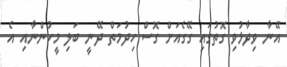
އޭނާ ވިދާޅުވި ގޮތުގައި ގޭގެއަށް ގޮސް ހިދުމަތް ދޭނީ ބަލި މީހުންނާއި އެ